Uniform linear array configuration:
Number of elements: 4
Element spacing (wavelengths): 0.75
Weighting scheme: hamming
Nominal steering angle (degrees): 30
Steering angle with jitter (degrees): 29.833
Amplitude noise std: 0.05
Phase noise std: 0.05

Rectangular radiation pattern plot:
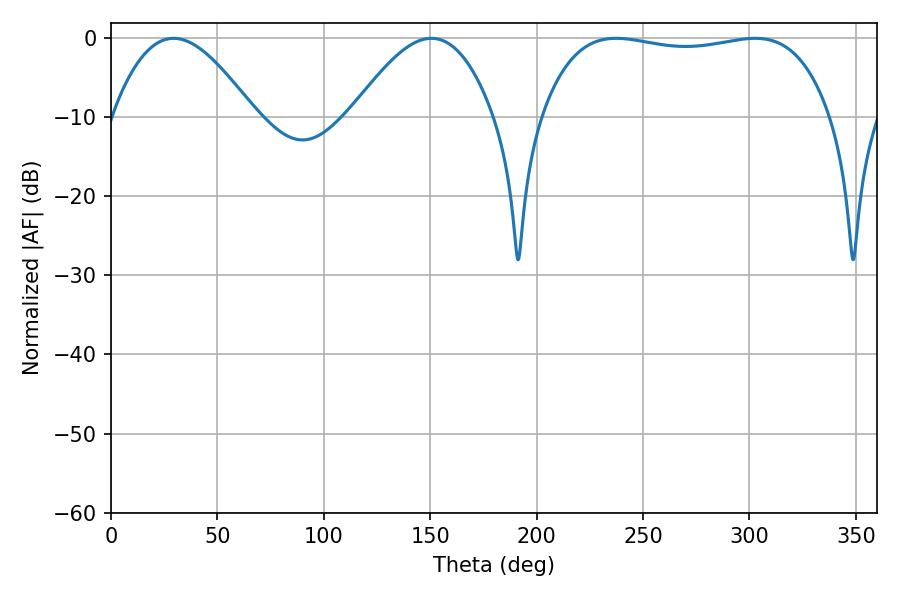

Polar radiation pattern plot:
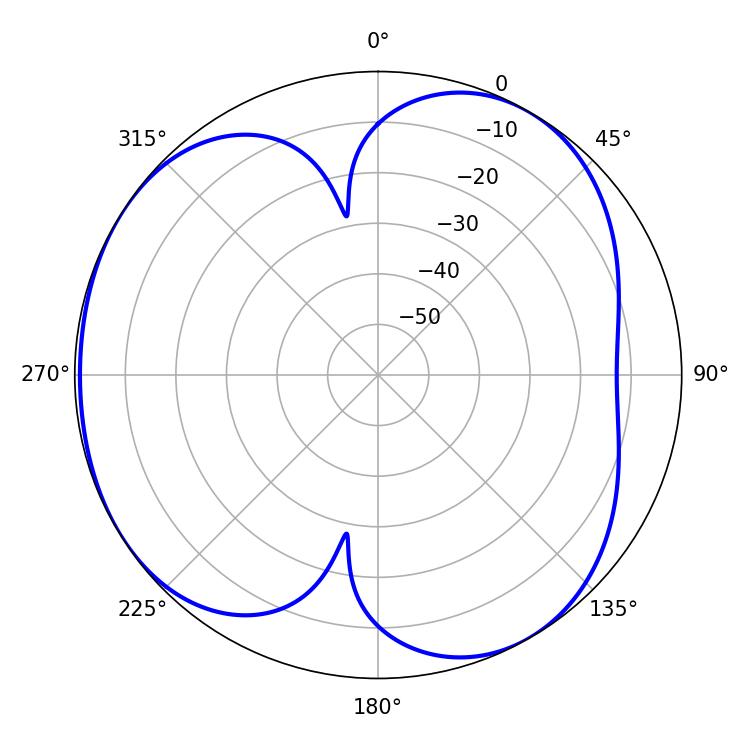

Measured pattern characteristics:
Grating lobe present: TRUE
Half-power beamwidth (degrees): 109.08
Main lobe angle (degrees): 237.42